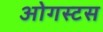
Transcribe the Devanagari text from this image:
ओगस्टस